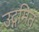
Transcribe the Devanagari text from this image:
उद्गमित